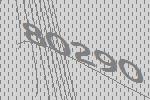
80290